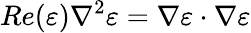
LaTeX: Re(\varepsilon)\nabla^{2}\varepsilon=\nabla\varepsilon\cdot\nabla\varepsilon